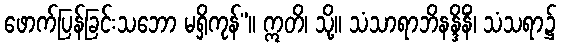
ဖောက်ပြန်ခြင်းသဘော မရှိကုန်”။ ဣတိ၊ သို့။ သံသာရာဘိနန္ဒိနိံ၊ သံသရာ၌